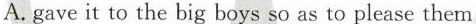
A. gave it to the big boys so as to please them